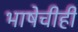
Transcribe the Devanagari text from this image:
भाषेचीही